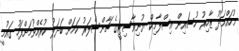
މުހައްމަދު ޒާހިރު ހުސައިން އިސްލާމިކް ޔުނިވާސިޓީގެ ޗާންސެލަރު ކަމަށް ބަދަލު ކުރެއްވުމަށްފަހު ގައުމީ